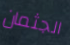
الجثمان